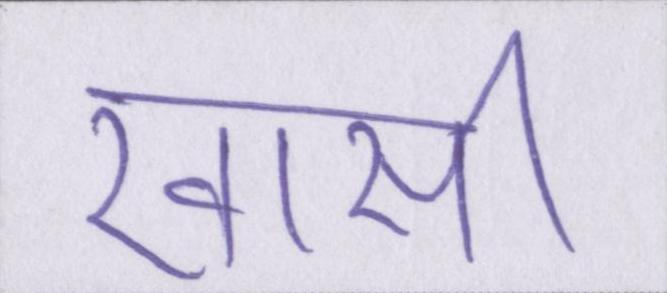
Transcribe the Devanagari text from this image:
खासी